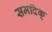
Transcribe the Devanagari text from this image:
समदिक्‌